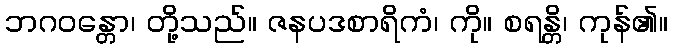
ဘဂဝန္တော၊ တို့သည်။ ဇနပဒစာရိကံ၊ ကို။ စရန္တိ၊ ကုန်၏။